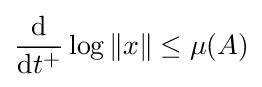
{\frac {\mathrm {d} }{\mathrm {d} t^{+}}}\log \|x\|\leq \mu (A)